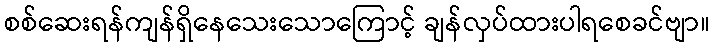
စစ်ဆေးရန်ကျန်ရှိနေသေးသောကြောင့် ချန်လှပ်ထားပါရစေခင်ဗျာ။